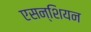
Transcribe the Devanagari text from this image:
एसन्शियन